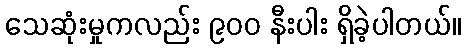
သေဆုံးမှုကလည်း ၉၀၀ နီးပါး ရှိခဲ့ပါတယ်။